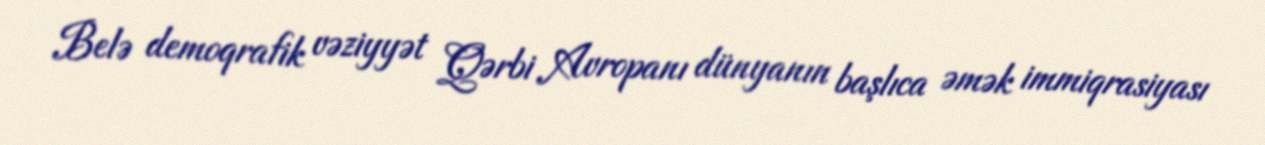
Belə demoqrafik vəziyyət Qərbi Avropanı dünyanın başlıca əmək immiqrasiyası